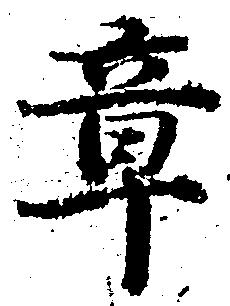
章